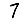
Digit: 7